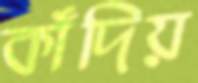
কাঁদিয়